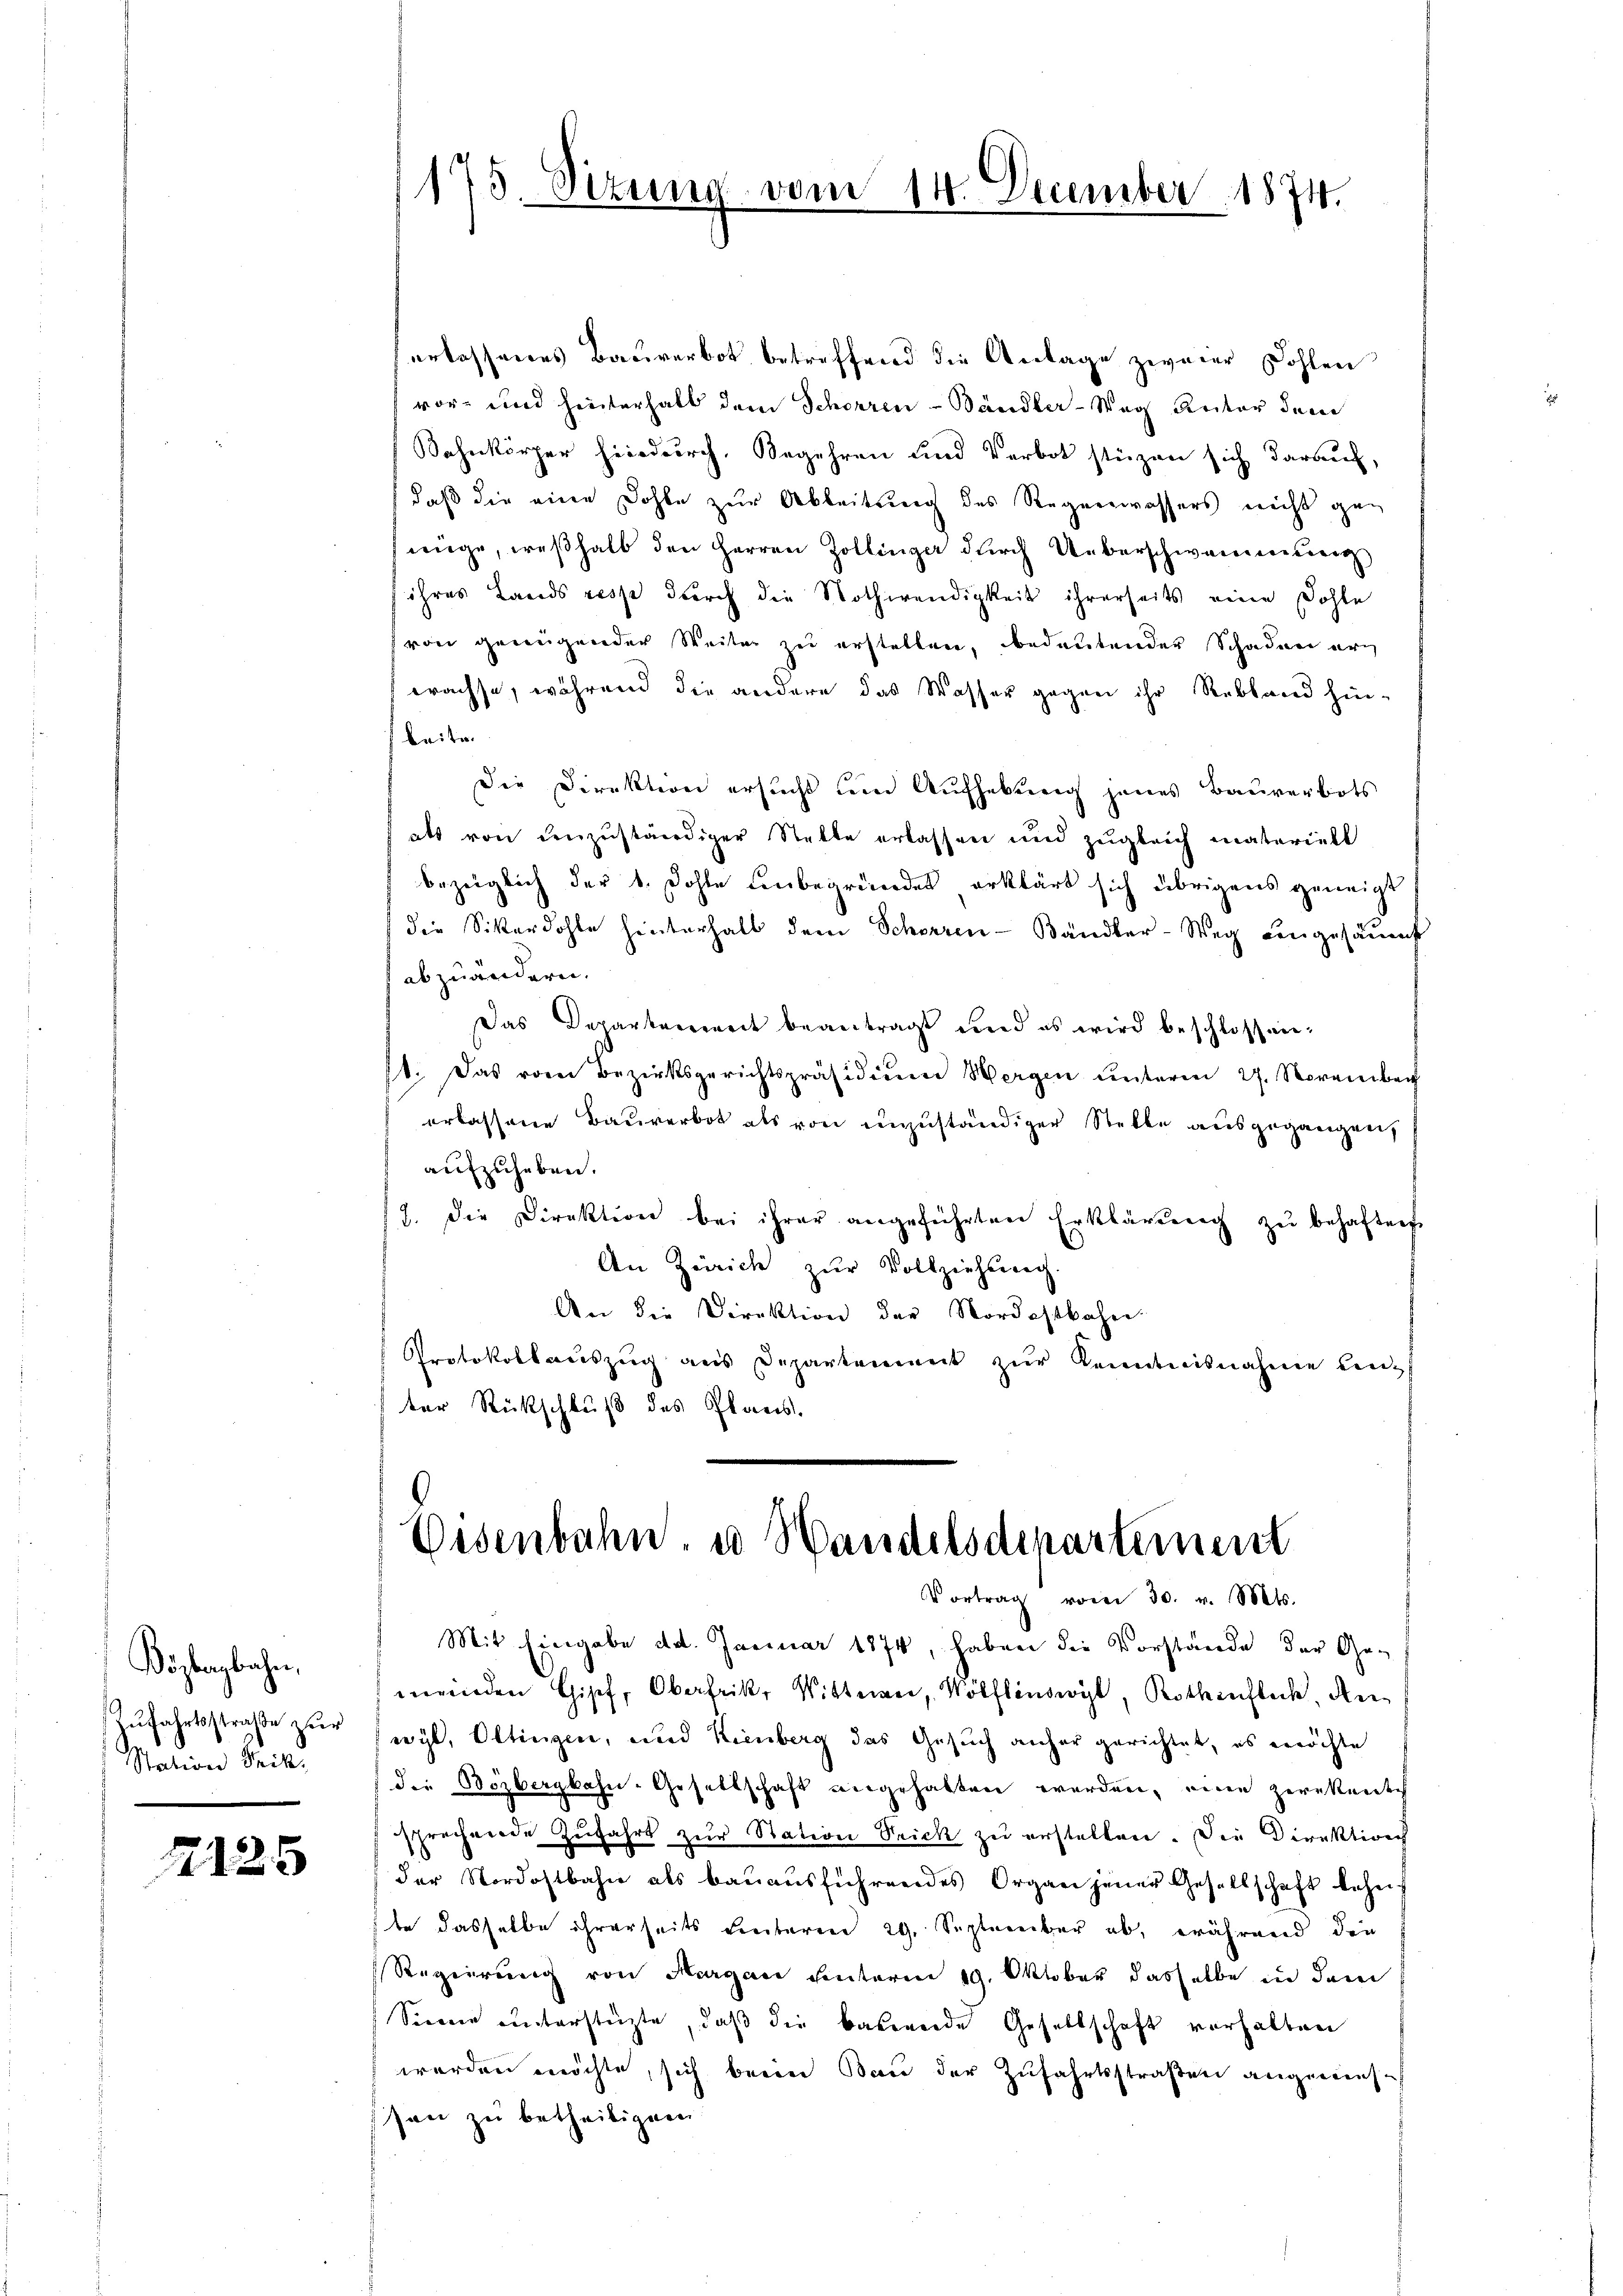
Bözbergbahn,
Zŭfahrtsstraβe zŭr
Station Trik.

2125

175. Sizung vom 14. December 1874.

erlassenes Bauverbot betreffend die Anlage zweier Dohlen
vor- und hinterhalb dem Schorren - Bändler-Weg Rector dem
Bahnkörper hierdurch, Begehren und Verbot stüzen sich darauf,
daß die eine Dohle zur Ableitung des Regenwassers nicht gan
nüge, weßhalb den Herren Zollinger durch Ueberschwemmung
ihres Lands resse durch die Nothwendigkeit ihrerseits eine Dohle
von genügender Weiter zu erstellen, bedeutender Schaden er
wachse, während die andere das Wasser gegen ihr Rebland hin-
brite.
Die Direktion ersucht um Aufhebung jenes Bauverbots
als von denzuständiger Stelle erlassen und zugleich materiell
bezeiglich der 1. Dohle unbegründet erklärt sich übrigens geneigt
die Sitardohle hinterhalb dem Schorren-Bändler-Weg eingesäumt
abzuändern.
Das Departenweit beantragt und es wird beschlossen:
1. Das vom Bezirksgerichtspräsidiŭm Hergen ŭnterm 27. November
erlassene Bauverbot als von unzuständiger Stelle ausgegangen,
aufzuheben.
12. die Direktion bei ihrer angeführten Erklärŭng zŭ behaften
An Zürich zur Vollziehung.
An die Direktion der Nordostbahn
Protokollauszug aus Departement zŭr Kenntnisnahme Leid
ter Rückschluß des Planes.

Wesenbahn, u Handelsdenartement
Vortrag vom 30. v. Mts.

Mit Eingabe d.d. Januar 1874, haben die Vorstände der Ge-
meinden Gipf, Oberfrika Wittern, Wölflinwyl, Rothenflich, An
wyl, Oltingen, und Kienberg das Gesuch anher gerichtet, es möchte
die Bözbergbahn-Gesellschaft angehalten werden, eine perekente
sprechende Zŭfahrt zŭr Station Strick zŭ erstellen. Die Direktion
der Nordostbahn als baŭaŭsführendes Organ jener Gesellschaft beheif
te dasselbe ihrerseits Freiteren 29. September ab, während die
Regierung von Margau unterm 19. Oktober dasselbe in dem
Sinne unterstüzte, daß die bauende Gesellschaft vorhalten
werden möchte, sich beim Bau der Zufahrtsstraßen angemessen zu betheiligen